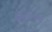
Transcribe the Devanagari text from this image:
फ़िरोजाबाद